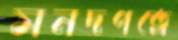
সনদপত্রে